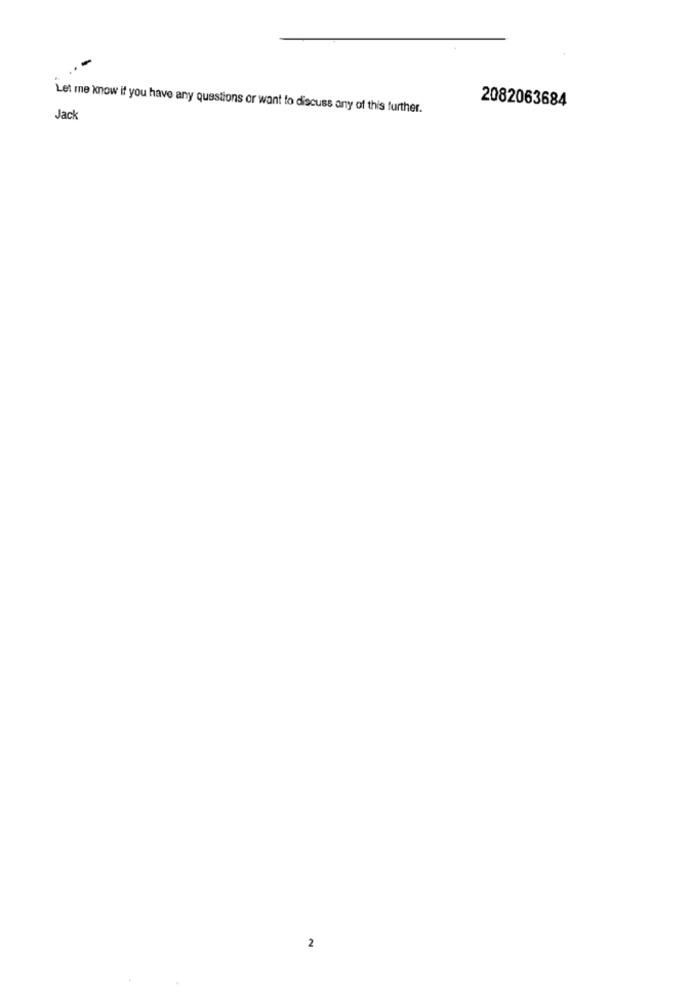
-
2082063684
Let me know if you have any questions or want to discuss any of this further.
Jack
2